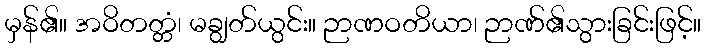
မှန်၏။ အဝိတတ္တံ၊ မချွတ်ယွင်း။ ဉာဏဝတိယာ၊ ဉာဏ်၏သွားခြင်းဖြင့်။